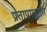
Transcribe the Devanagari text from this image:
प्रतापगडाला